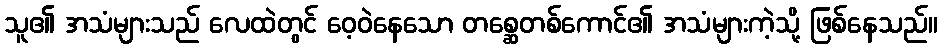
သူ၏ အသံများသည် လေထဲတွင် ဝေ့ဝဲနေသော တစ္ဆေတစ်ကောင်၏ အသံများကဲ့သို့ ဖြစ်နေသည်။